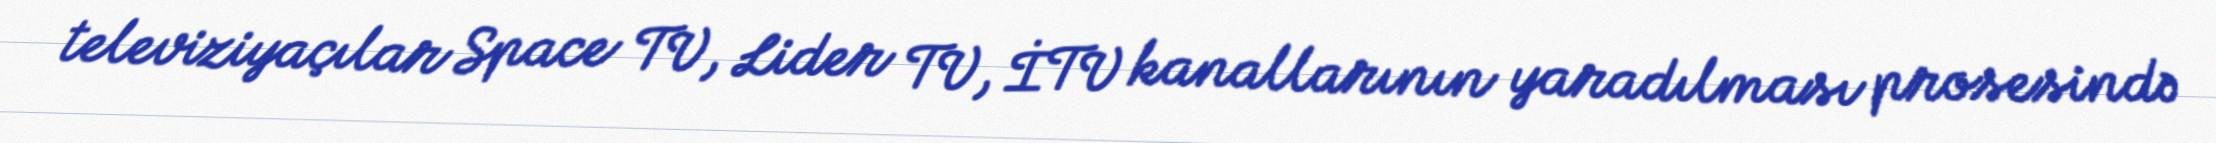
televiziyaçılar Space TV, Lider TV, İTV kanallarının yaradılması prosesində